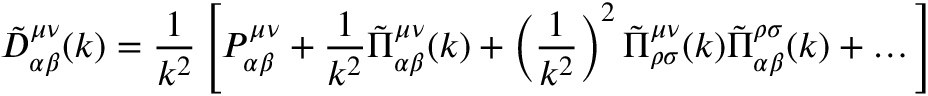
\tilde { D } _ { \alpha \beta } ^ { \mu \nu } ( k ) = \frac 1 { k ^ { 2 } } \left[ P _ { \alpha \beta } ^ { \mu \nu } + \frac 1 { k ^ { 2 } } \tilde { \Pi } _ { \alpha \beta } ^ { \mu \nu } ( k ) + \left( \frac 1 { k ^ { 2 } } \right) ^ { 2 } \tilde { \Pi } _ { \rho \sigma } ^ { \mu \nu } ( k ) \tilde { \Pi } _ { \alpha \beta } ^ { \rho \sigma } ( k ) + \dots \right]